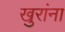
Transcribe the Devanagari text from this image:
खुरांना